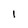
Character: l